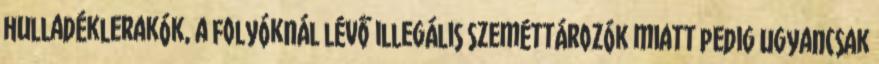
hulladéklerakók, a folyóknál lévő illegális szeméttározók miatt pedig ugyancsak